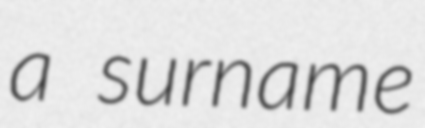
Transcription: a surname